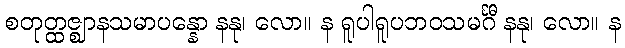
စတုတ္ထဇ္ဈာနသမာပန္နော နနု၊ လော။ န ရူပါရူပဘဝသမင်္ဂီ နနု၊ လော။ န